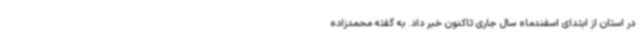
در استان از ابتدای اسفندماه سال جاری تاکنون خبر داد. به گفته محمدزاده